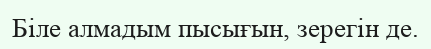
Біле алмадым пысығын, зерегін де.